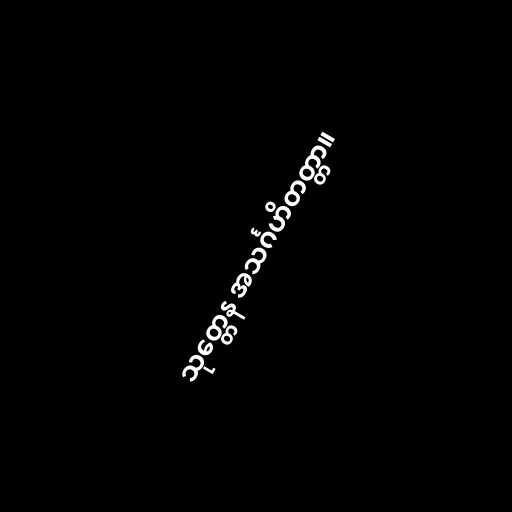
သုတ္တေန အသင်္ဂဟိတတ္တာ။